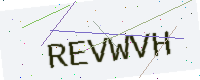
Text: REVWVH